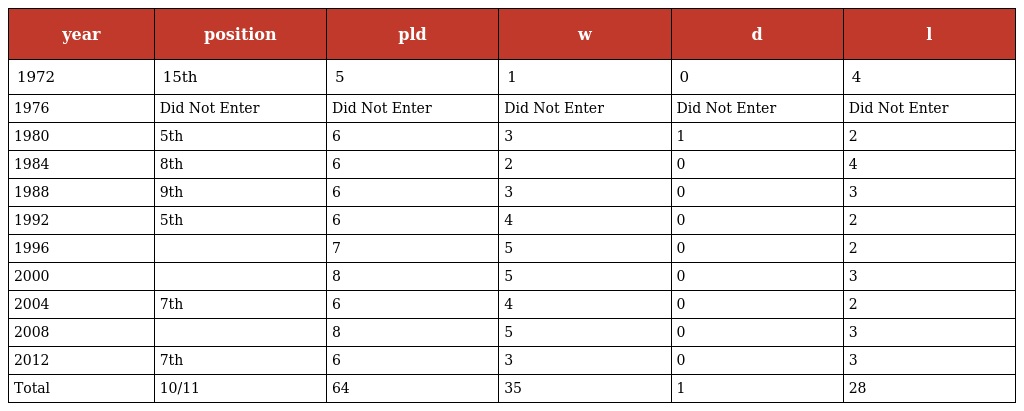
| year | position | pld | w | d | l |
 | --- | --- | --- | --- | --- | --- |
 | 1972 | 15th | 5 | 1 | 0 | 4 |
 | 1976 | Did Not Enter | Did Not Enter | Did Not Enter | Did Not Enter | Did Not Enter |
 | 1980 | 5th | 6 | 3 | 1 | 2 |
 | 1984 | 8th | 6 | 2 | 0 | 4 |
 | 1988 | 9th | 6 | 3 | 0 | 3 |
 | 1992 | 5th | 6 | 4 | 0 | 2 |
 | 1996 |  | 7 | 5 | 0 | 2 |
 | 2000 |  | 8 | 5 | 0 | 3 |
 | 2004 | 7th | 6 | 4 | 0 | 2 |
 | 2008 |  | 8 | 5 | 0 | 3 |
 | 2012 | 7th | 6 | 3 | 0 | 3 |
 | Total | 10/11 | 64 | 35 | 1 | 28 |